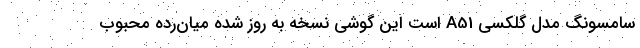
سامسونگ مدل گلکسی A51 است این گوشی نسخه به روز شده میان‌رده محبوب